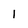
Character: 1